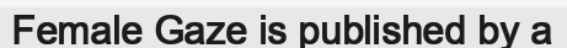
Female Gaze is published by a